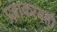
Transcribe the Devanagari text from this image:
प्रज्ञाकरमती